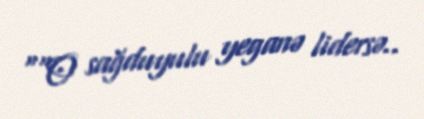
““O sağduyulu yeganə lidersə..